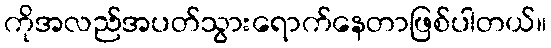
ကိုအလည်အပတ်သွားရောက်နေတာဖြစ်ပါတယ်။